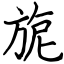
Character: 旎